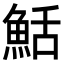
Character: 𬵏